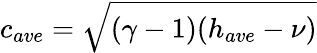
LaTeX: c_{ave}=\sqrt{(\gamma-1)(h_{ave}-\nu)}